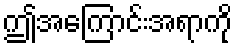
ဤအကြောင်းအရာကို